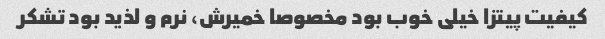
کیفیت پیتزا خیلی خوب بود مخصوصا خمیرش، نرم و لذید بود تشکر